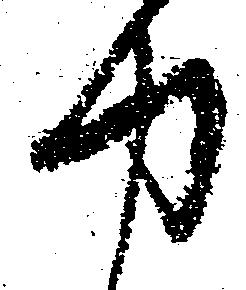
力